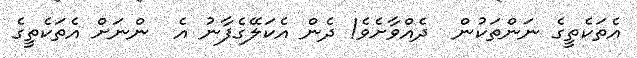
އެތަކެތީގެ ނަންތަކުން  ދެއްވާށެވެ! ދެން އެކަލޭގެފާނު އެ  ންނަށް އެތަކެތީގެ